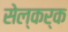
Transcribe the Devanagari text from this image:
सेल्कर्क